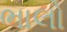
ભાલો